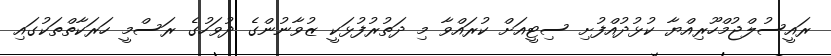
ރައީސުލްޖުމްހޫރިއްޔާ ކުޅުދުއްފުށި ސިޓީއަށް ކުރައްވާ މި ދަތުރުފުޅަކީ ޒުވާނުންގެ ދުވަހުގެ ރަސްމީ ހަރަކާތްތަކުގައި